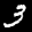
Label: 3